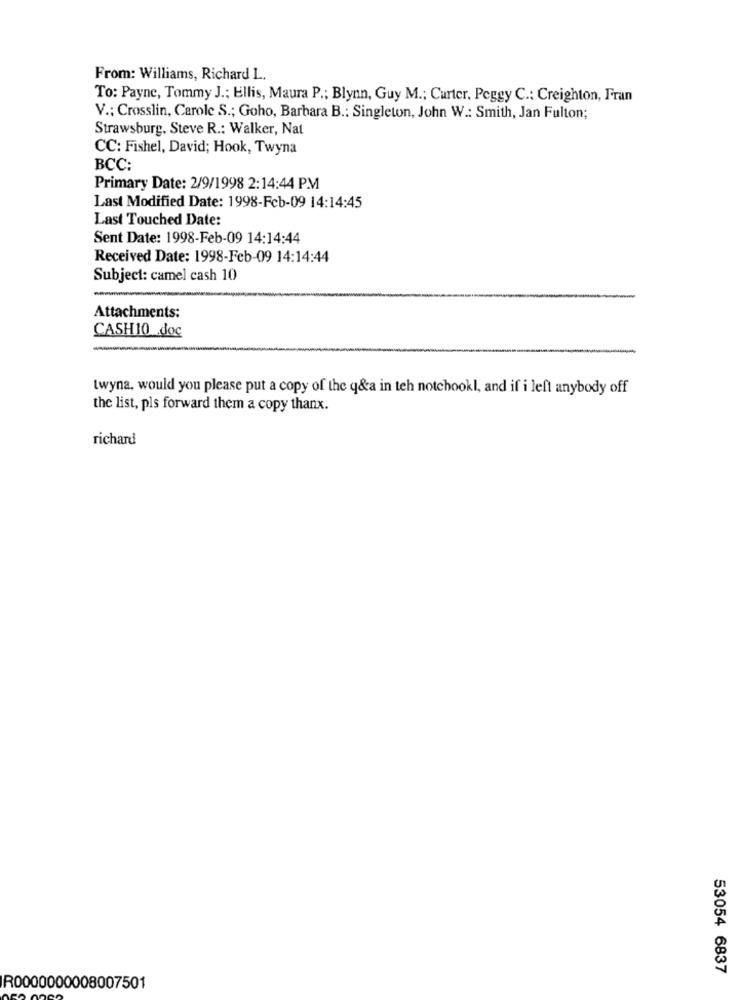
From: Williams, Richard L.
To: Payne, Tommy J .; Ellis, Maura P .; Blynn, Guy M .; Curter. Peggy C .: Creighton, Fran
V .: Crosslin, Carole S .; Goho, Barbara B .: Singleton, John W .: Smith, Jan Fulton;
Strawsburg. Steve R .: Walker, Nat
CC: Fishel, David; Hook, Twyna
BCC:
Primary Date: 2/9/1998 2:14:44 PM
Last Modified Date: 1998-Fcb-09 14:14:45
Last Touched Date:
Sent Date: 1998-Feb-09 14:14:44
Received Date: 1998-Feb-09 14:14:44
Subject: camel cash 10
Attachments:
CASH10 doc
twyna, would you please put a copy of the q&a in teh notchookl, and if i left anybody off
the list, pls forward them a copy thanx.
richard
53054 6837
R0000000008007501